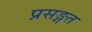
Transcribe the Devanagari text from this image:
प्रसङ्गत